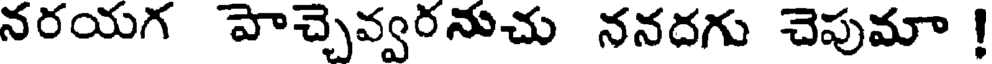
నరయగ పాచ్చెవ్వరనుచు ననదగు చెపుమా !